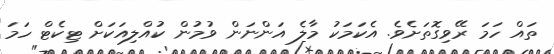
ތައް ހަމަ ރޭވިގޮތަށެވެ. އެކަމަކު މާލެ އަންނަން ވުމުން ކުއްލިއަކަށް ޓިކެޓް ހަމަ